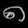
Digit: ၈